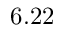
6 . 2 2